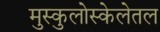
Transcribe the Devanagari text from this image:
मुस्कुलोस्केलेतल